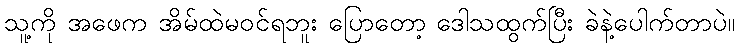
သူ့ကို အဖေက အိမ်ထဲမဝင်ရဘူး ပြောတော့ ဒေါသထွက်ပြီး ခဲနဲ့ပေါက်တာပဲ။